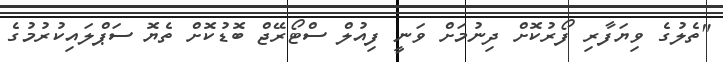
"ތެލުގެ ވިޔަފާރި ފޯރުކޮށް ދިނުމަށް ވަނީ ފިއުލް ސްޓޯރޭޖް ބޮޑުކޮށް ތެޔޮ ސަޕްލައިކުރުމުގެ